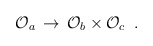
\begin{align*}{\cal O}_a\, \rightarrow \,{\cal O}_b \times {\cal O}_c \,\,\, .\end{align*}